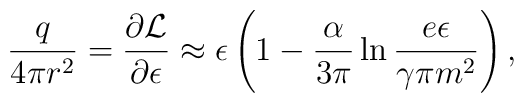
\frac{q}{4\pi r^2}=\frac{\partial{\cal L}}{\partial\epsilon}\approx \epsilon\left(1-\frac{\alpha}{3\pi}\ln\frac{e\epsilon}{\gamma\pi m^2}\right),